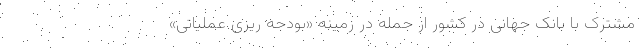
مشترک با بانک جهانی در کشور از جمله در زمینه «بودجه ریزی عملیاتی»